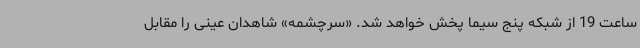
ساعت 19 از شبکه پنج سیما پخش خواهد شد. «سرچشمه» شاهدان عینی را مقابل